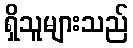
ရှိသူများသည်